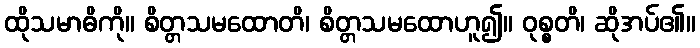
ထိုသမာဓိကို။ စိတ္တသမထောတိ၊ စိတ္တသမထောဟူ၍။ ဝုစ္စတိ၊ ဆိုအပ်၏။